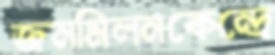
জনমিলনকেন্দ্রে